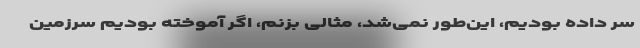
سر داده بودیم، این‌طور نمی‌شد، مثالی بزنم، اگر آموخته بودیم سرزمین